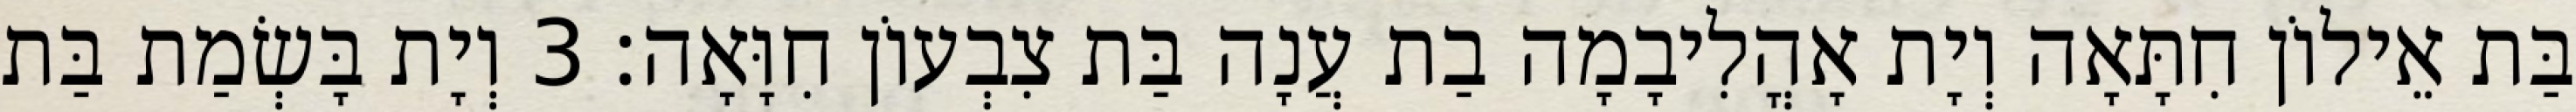
בַּת אֵילוֹן חִתָּאָה וְיָת אָהֳלִיבָמָה בַת עֲנָה בַּת צִבְעוֹן חִוָּאָה׃ 3 וְיָת בָּשְׂמַת בַּת